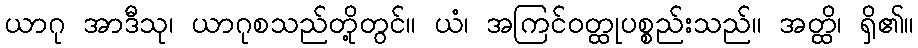
ယာဂု အာဒီသု၊ ယာဂုစသည်တို့တွင်။ ယံ၊ အကြင်ဝတ္ထုပစ္စည်းသည်။ အတ္ထိ၊ ရှိ၏။